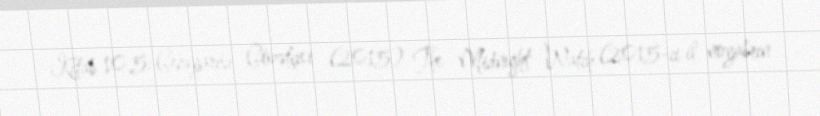
Kitab 10.5: Gecəyarısı Gözətçisi (2015) The Midnight Watch (2015-ci il noyabrın